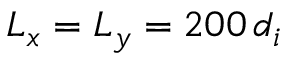
L _ { x } = L _ { y } = 2 0 0 \, d _ { i }